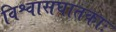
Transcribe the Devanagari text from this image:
विश्वासघातकाः